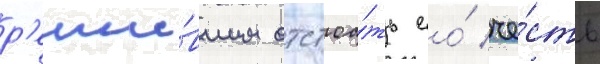
р'еши́вшим отстоа́ть ео́ че́сть